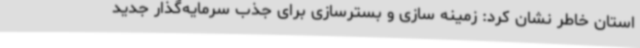
استان خاطر نشان کرد: زمینه سازی و بسترسازی برای جذب سرمایه‌گذار جدید